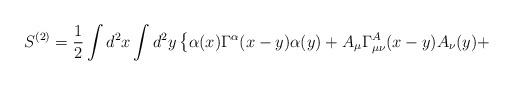
LaTeX: \begin{align*}S^{(2)} = \frac{1}{2} \int d^2 x \int d^2 y \left\{ \alpha (x) \Gamma^{\alpha} (x-y)\alpha (y) + A_{\mu} \Gamma^{A}_{\mu \nu} (x-y) A_{\nu} (y) + \right.\end{align*}